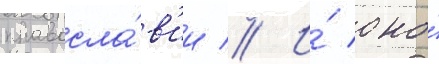
правосла́в'ии // И́ оно́